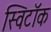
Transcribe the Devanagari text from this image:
स्विटॉक